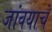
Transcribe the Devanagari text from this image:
जांवयाचे